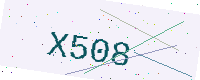
Text: X508